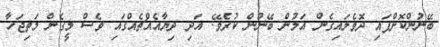
ބޭނުންކޮށްފައި ދޮވެލައިގެން އަލުން ބޭނުން ކުރެވޭ. އަދި ދިޔާއެއްޗެއްގައި ވެސް މީގެން މަތިޖަހާ